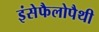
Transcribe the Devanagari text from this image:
इंसेफैलोपैथी